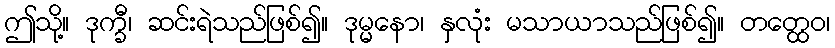
ဤသို့။ ဒုက္ခီ၊ ဆင်းရဲသည်ဖြစ်၍။ ဒုမ္မနော၊ နှလုံး မသာယာသည်ဖြစ်၍။ တတ္ထေဝ၊